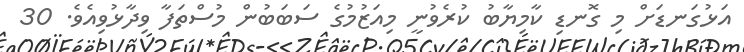
އަޅުގަނޑަށް މި ގޮނޑި ކާމިޔާބު ކުރެވުނީ މިއަޒުމުގެ ސަބަބުން މުސްތަފާ ވިދާޅުވިއެވެ. 30